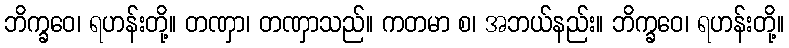
ဘိက္ခဝေ၊ ရဟန်းတို့။ တဏှာ၊ တဏှာသည်။ ကတမာ စ၊ အဘယ်နည်း။ ဘိက္ခဝေ၊ ရဟန်းတို့။